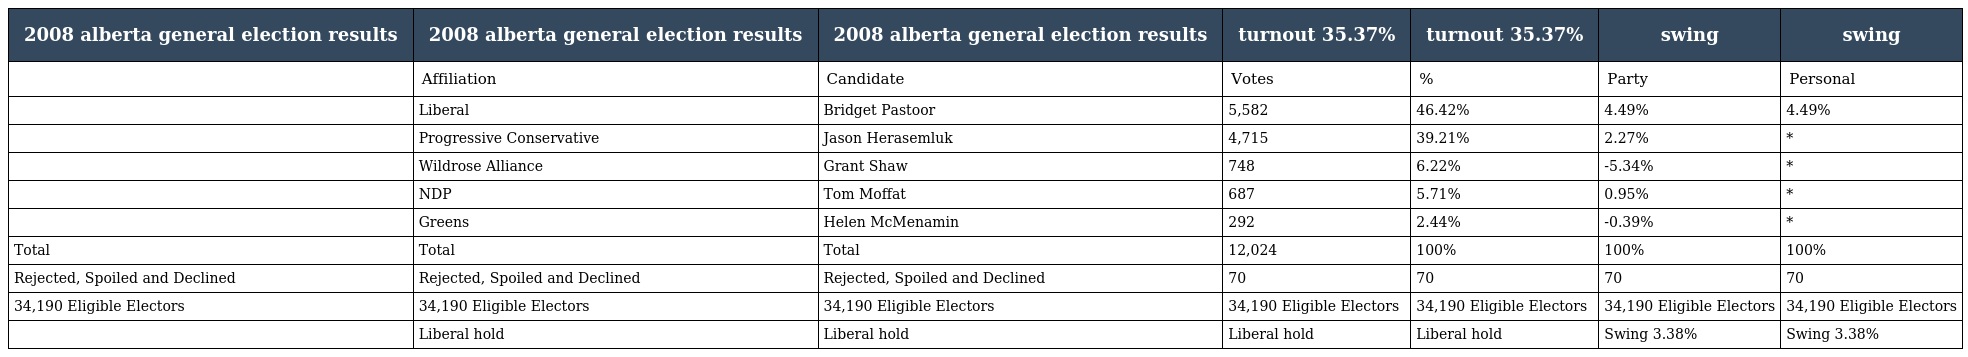
| 2008 alberta general election results | 2008 alberta general election results | 2008 alberta general election results | turnout 35.37% | turnout 35.37% | swing | swing |
 | --- | --- | --- | --- | --- | --- | --- |
 |  | Affiliation | Candidate | Votes | % | Party | Personal |
 |  | Liberal | Bridget Pastoor | 5,582 | 46.42% | 4.49% | 4.49% |
 |  | Progressive Conservative | Jason Herasemluk | 4,715 | 39.21% | 2.27% | * |
 |  | Wildrose Alliance | Grant Shaw | 748 | 6.22% | -5.34% | * |
 |  | NDP | Tom Moffat | 687 | 5.71% | 0.95% | * |
 |  | Greens | Helen McMenamin | 292 | 2.44% | -0.39% | * |
 | Total | Total | Total | 12,024 | 100% | 100% | 100% |
 | Rejected, Spoiled and Declined | Rejected, Spoiled and Declined | Rejected, Spoiled and Declined | 70 | 70 | 70 | 70 |
 | 34,190 Eligible Electors | 34,190 Eligible Electors | 34,190 Eligible Electors | 34,190 Eligible Electors | 34,190 Eligible Electors | 34,190 Eligible Electors | 34,190 Eligible Electors |
 |  | Liberal hold | Liberal hold | Liberal hold | Liberal hold | Swing 3.38% | Swing 3.38% |